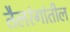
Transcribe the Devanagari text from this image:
तैलरंगांतील